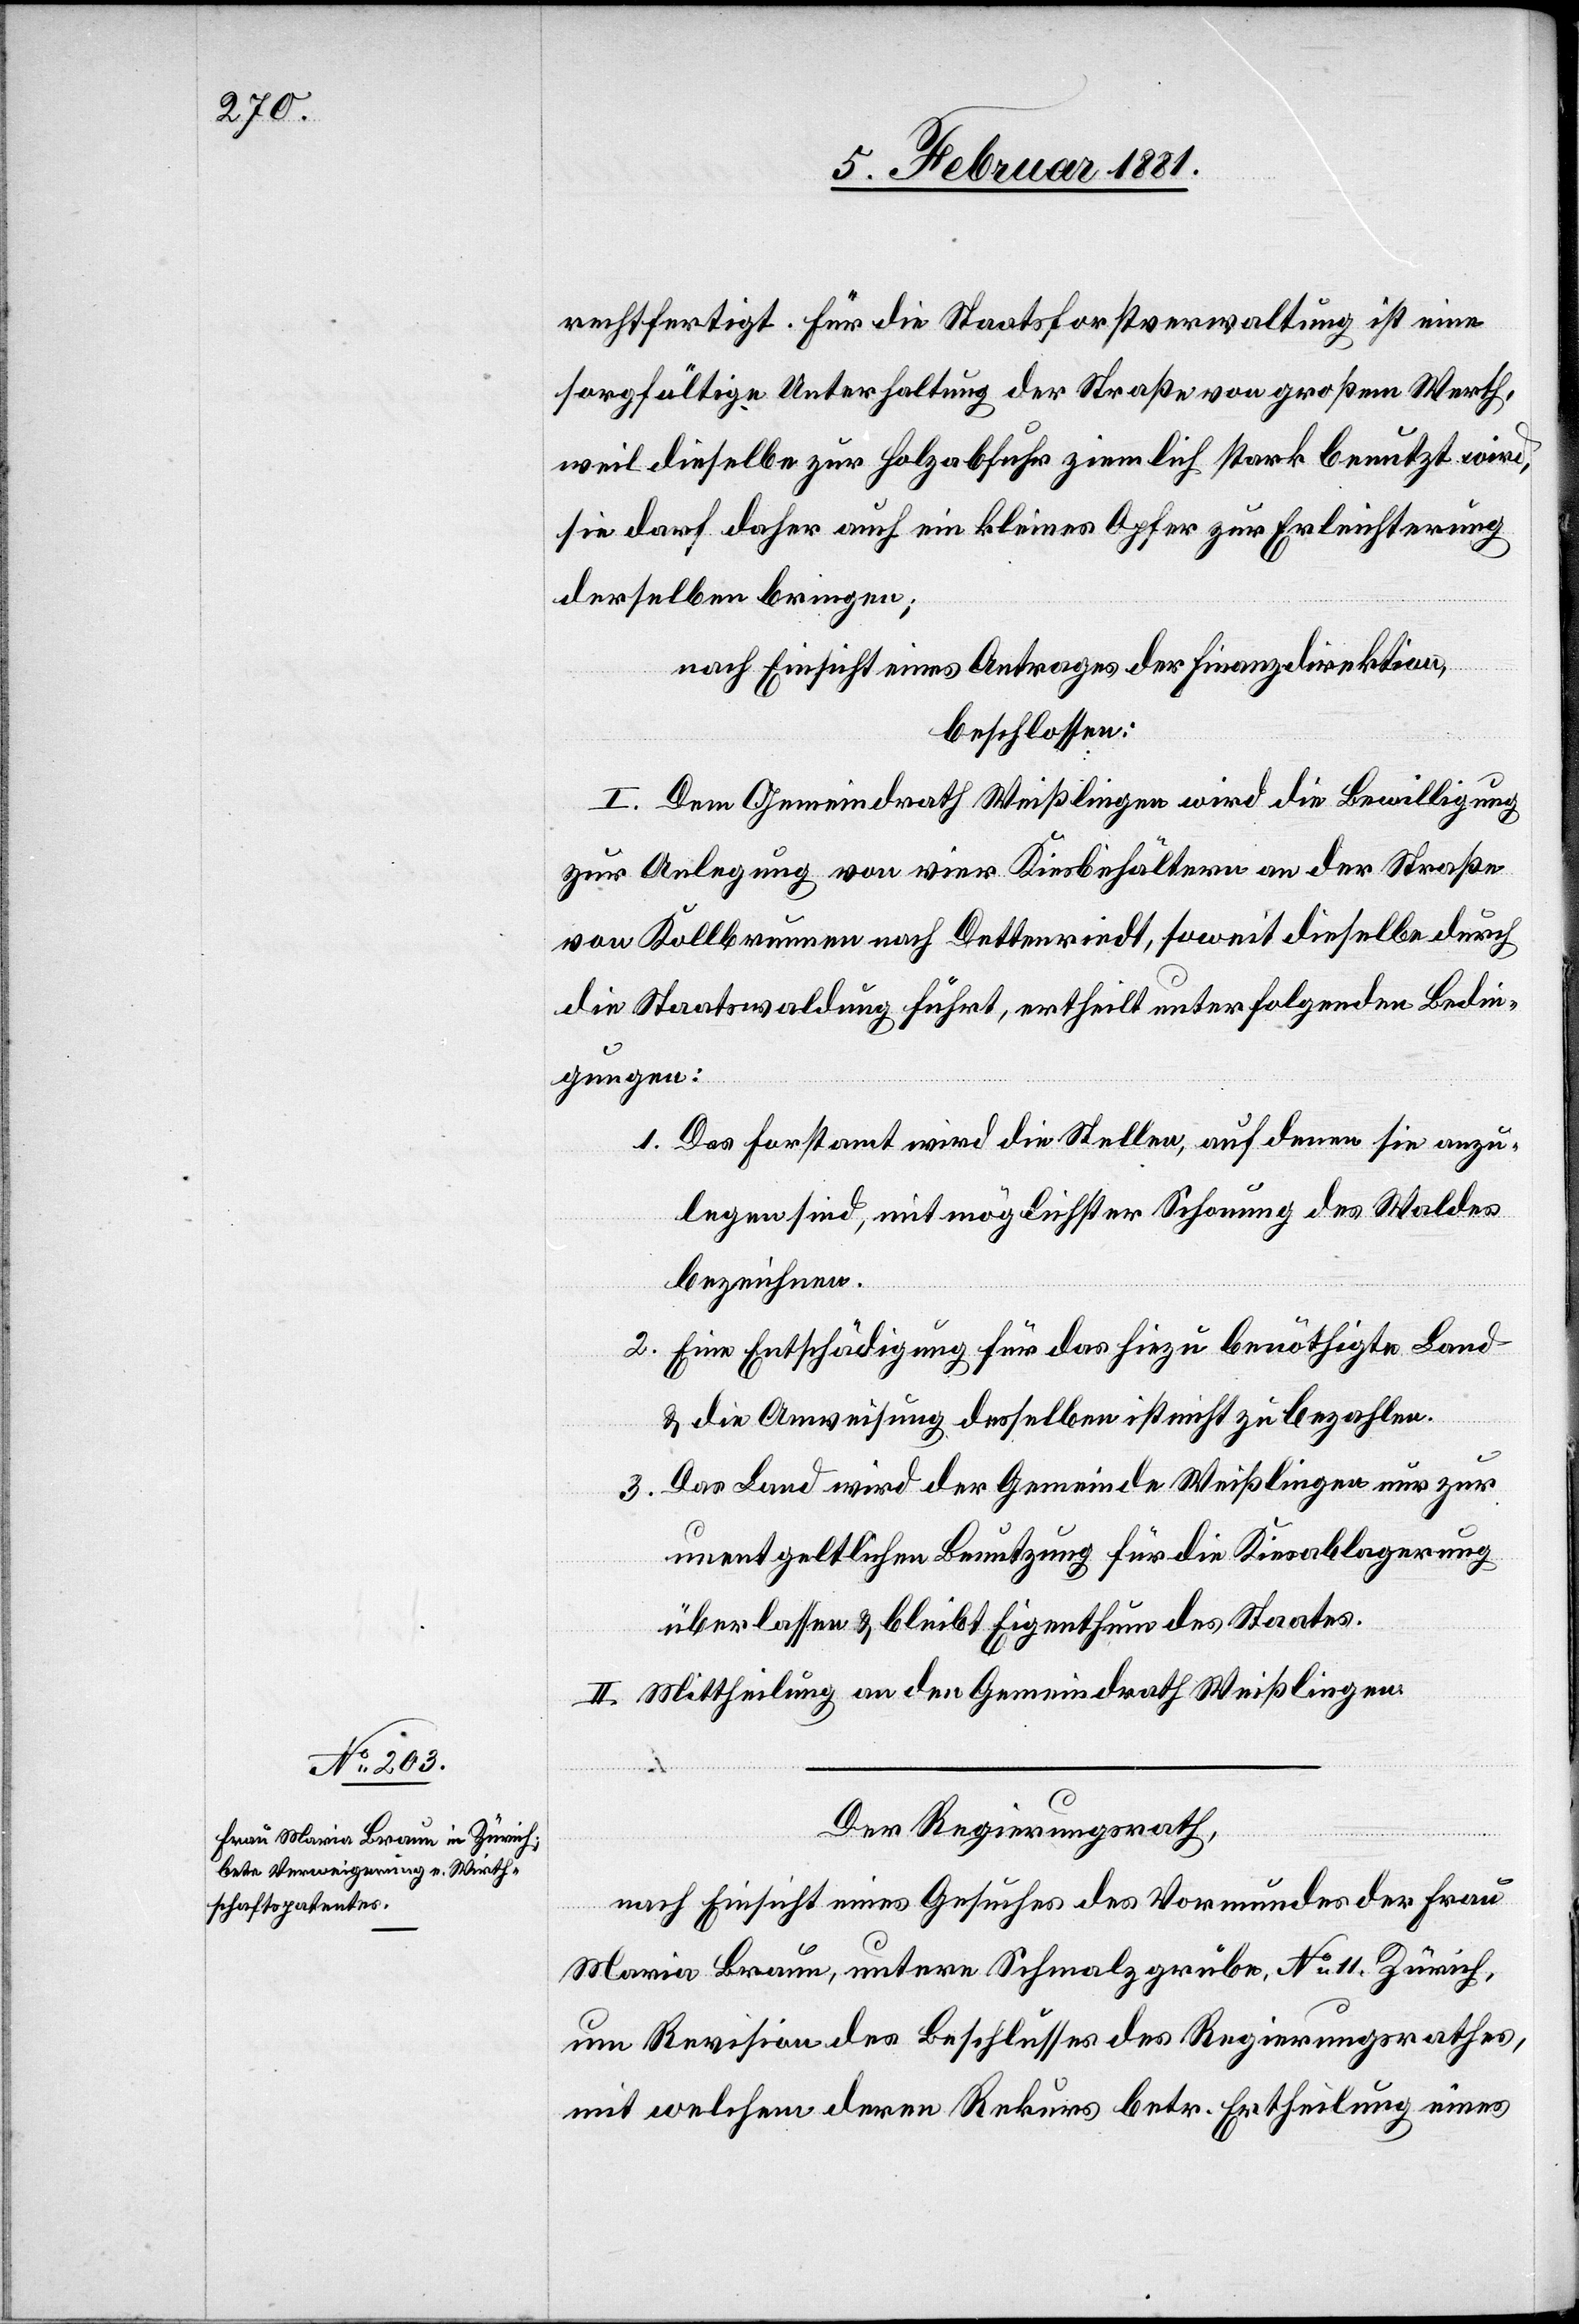
rechtfertigt. Für die Staatsforstverwaltung ist eine
sorgfältige Unterhaltung der Straße von großem Werth,
weil dieselbe zur Holzabfuhr ziemlich stark benutzt wird,
sie darf daher auch ein kleines Opfer zur Erleichterung
derselben bringen;
nach Einsicht eines Antrages der Finanzdirektion,
beschlossen:
I. Dem Gemeindrath Weißlingen wird die Bewilligung
zur Anlegung von vier Kiesbehältern an der Straße
von Kollbrunnen nach Dettenriedt, soweit dieselbe durch
die Staatswaldung führt, ertheilt unter folgenden Bedin¬
gungen:
1. Das Forstamt wird die Stellen, auf denen sie anzu¬
legen sind, mit möglichster Schonung des Waldes
bezeichnen.
2. Eine Entschädigung für das hiezu benöthigte Land
& die Anweisung desselben ist nicht zu bezahlen.
Das Land wird der Gemeinde Weißlingen nur zur
3.
unentgeltlichen Benutzung für die Kiesablagerung
überlassen & bleibt Eigenthum des Staates.
II. Mittheilung an den Gemeindrath Weißlingen.
Der Regierungsrath,
nach Einsicht eines Gesuches des Vormundes der Frau
Maria Braun, untere Schmalzgrube, No 11. Zürich,
um Revision des Beschlusses des Regierungsrathes,
mit welchem deren Rekurs betr. Ertheilung eines